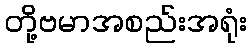
တို့ဗမာအစည်းအရုံး